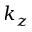
k _ { z }